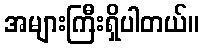
အများကြီးရှိပါတယ်။